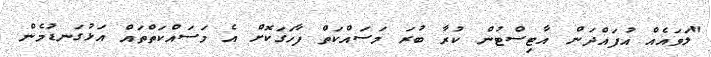
"ލަވައެއް އުފައްދަން އާޓިސްޓުން ކުރާ ބުރަ މަސައްކަތް ފާހަގަކޮށް އެ މަސައްކަތްތައް އަޅުގަނޑުމެން